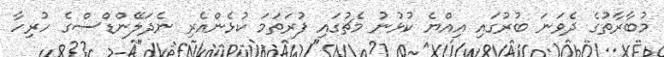
މުބާރާތުގެ ދެވަނަ ބުރުގައި އިއްޔެ ކުޅުނު މެޗުގައި ފުރަތަމަ ކުޅެންއެރި ނެދަލޭންޑްސްގެ ހުރިހާ